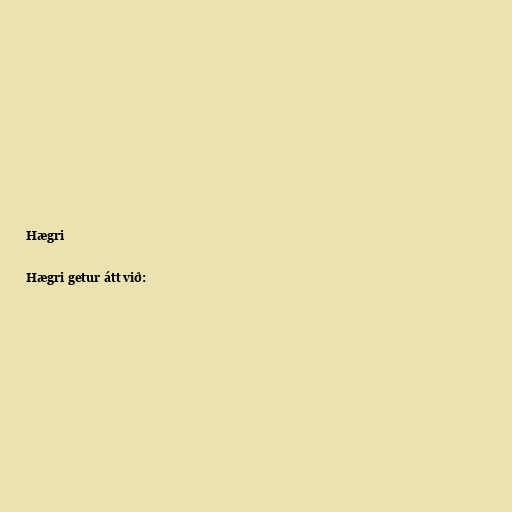
Hægri

Hægri getur átt við: